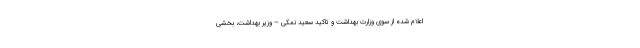
اعلام شده از سوی وزارت بهداشت و تاکید سعید نمکی – وزیر بهداشت، بخشی